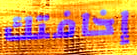
إخافتك